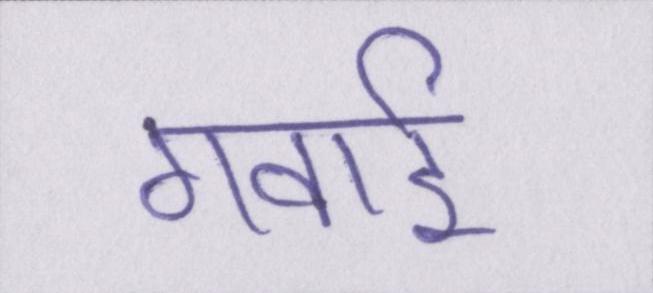
गवाई